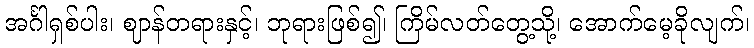
အင်္ဂါရှစ်ပါး၊ ဈာန်တရားနှင့်၊ ဘုရားဖြစ်၍၊ ကြိမ်လတ်တွေ့သို့၊ အောက်မေ့ခိုလျက်၊